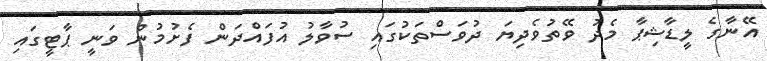
އޭނާގެ ލީޑާޝިޕާ މެދު ވޭތުވެދިޔަ ދުވަސްތަކުގައި ސުވާލު އުފައްދަން ފެށުމުން ވަނީ ޕާޓީގައި